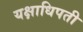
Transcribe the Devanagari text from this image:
यक्षाधिपती